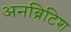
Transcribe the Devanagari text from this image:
अनब्रिटिश